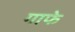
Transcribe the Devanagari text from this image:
गाफे